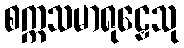
စက္ကသမာရုဠှေသု